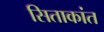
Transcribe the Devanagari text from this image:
सिताकांत